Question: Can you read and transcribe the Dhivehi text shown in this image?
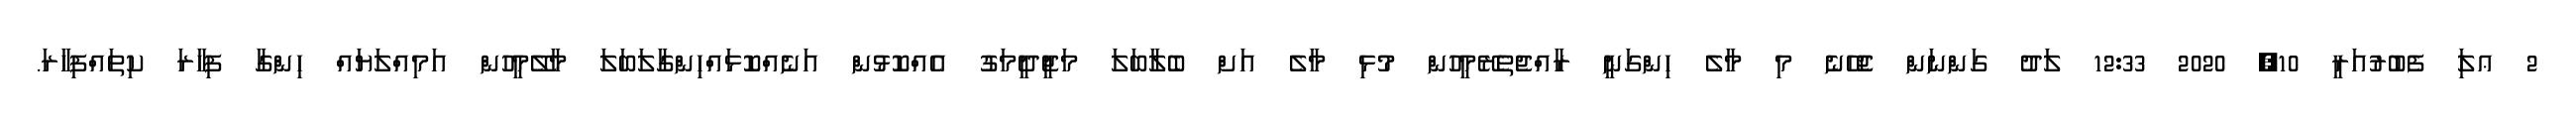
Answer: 2 ޢލަި ފެބުރުއަރީ 10, 2020 12:33 ލަދު ގަންނަން ޖެހޭނެ މި މާލެ ހިންގަނީ ރާއްޖެތެރޭމީހުން މުޅި މާލެ އަށް ބެލާބަލަ މަޖީދީމަގު އެއްކޮޅުން އަނެއްކޮޅައްހިންގާލަބަލަ މާލޭމީހުން އަމިއްލަޔައް ހިންގާ ފިހާރަ ކިތައްފިހާރަ.